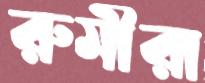
রুমীরা